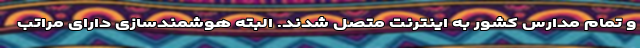
و تمام مدارس کشور به اینترنت متصل شدند. البته هوشمندسازی دارای مراتب